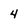
Character: 4